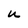
Character: u